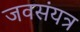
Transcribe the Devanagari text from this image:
जवसंयत्र